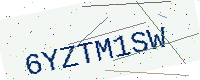
Text: 6YZTM1SW